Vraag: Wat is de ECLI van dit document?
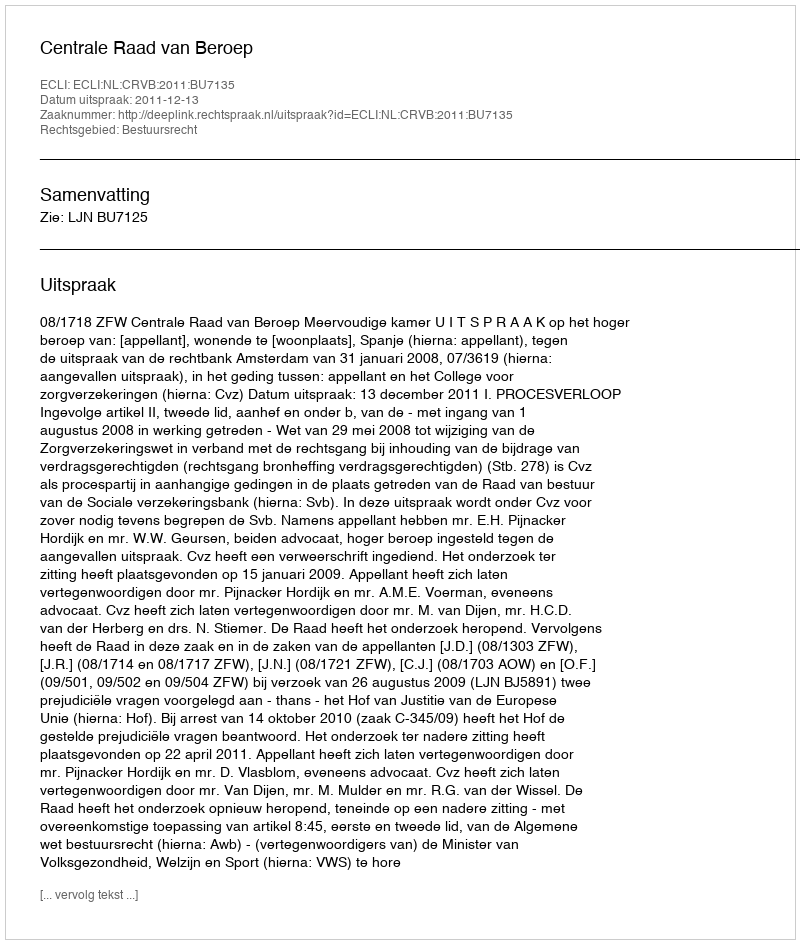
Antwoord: ECLI:NL:CRVB:2011:BU7135